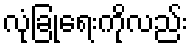
လုံခြုံရေးကိုလည်း